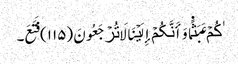
ٰکُمۡ عَبَثً۬ا وَأَنَّکُمۡ إِلَیۡنَا لَا تُرۡجَعُونَ (١١٥) فَتَعَ۔